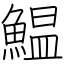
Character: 鰛